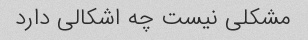
مشکلی نیست چه اشکالی دارد